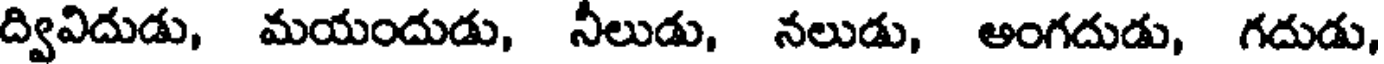
ద్వివిదుడు, మయందుడు, నీలుడు, నలుడు, అంగదుడు, గదుడు,